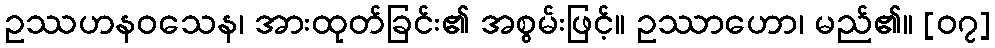
ဥဿဟနဝသေန၊ အားထုတ်ခြင်း၏ အစွမ်းဖြင့်။ ဥဿာဟော၊ မည်၏။ [၀၇]